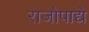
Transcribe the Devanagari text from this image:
राजोपाद्ये